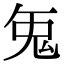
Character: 𭀥